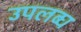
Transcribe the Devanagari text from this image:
उपलब्‍घ